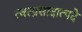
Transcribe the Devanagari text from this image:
त्वत्प्रसादात्पदे